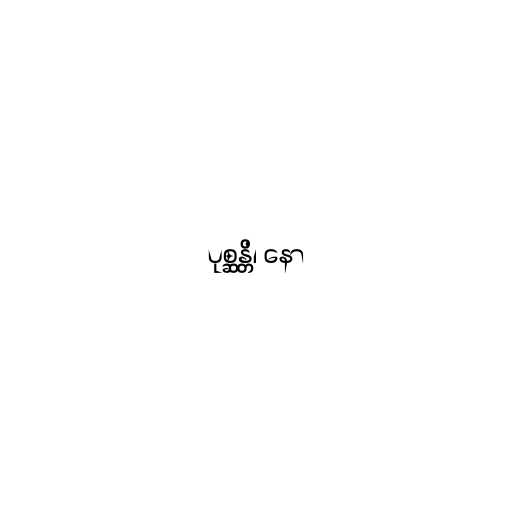
ပုစ္ဆန္တိ၊ နော